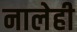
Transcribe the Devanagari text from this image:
नालेही